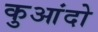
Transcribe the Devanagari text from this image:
कुआंदो